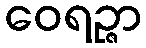
ဝေရဉ္ဇာ